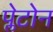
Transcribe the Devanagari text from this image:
प्लेटोन